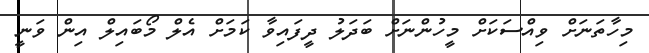
މިހާތަނަށް ވިއްސަކަށް މީހުންނަށް ބަދަލު ދީފައިވާ ކަމަށް އެލް މޯބައިލް އިން ވަނީ